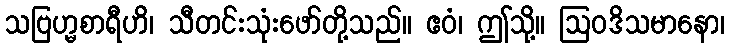
သဗြဟ္မစာရီဟိ၊ သီတင်းသုံးဖော်တို့သည်။ ဧဝံ၊ ဤသို့။ ဩဝဒိသမာနော၊